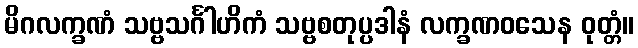
မိဂလက္ခဏံ သဗ္ဗသင်္ဂါဟိကံ သဗ္ဗစတုပ္ပဒါနံ လက္ခဏဝသေန ဝုတ္တံ။